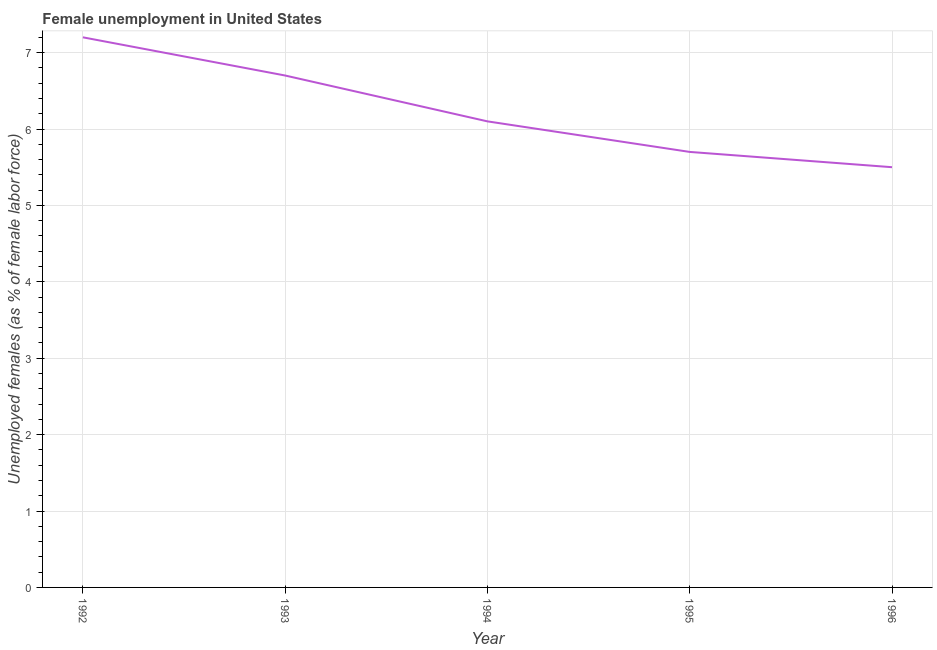
| Year | Unemployment |
 | --- | --- |
 | 1992 | 7.2 |
 | 1993 | 6.7 |
 | 1994 | 6.1 |
 | 1995 | 5.7 |
 | 1996 | 5.5 |